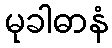
မုခါဓာနံ